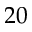
2 0